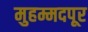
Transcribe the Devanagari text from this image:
मुहम्मदपूर